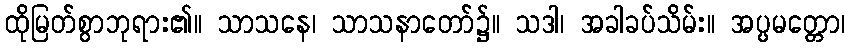
ထိုမြတ်စွာဘုရား၏။ သာသနေ၊ သာသနာတော်၌။ သဒါ၊ အခါခပ်သိမ်း။ အပ္ပမတ္တော၊